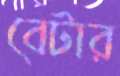
বেটার